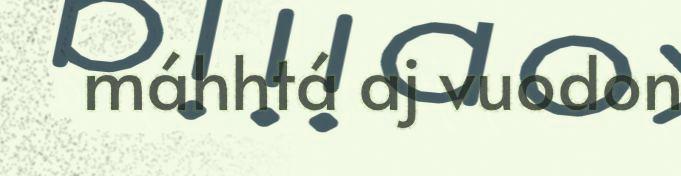
máhhtá aj vuodon